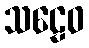
သဠေဝ